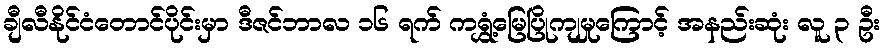
ချီလီနိုင်ငံတောင်ပိုင်းမှာ ဒီဇင်ဘာလ ၁၆ ရက် ကရွှံ့မြေပြိုကျမှုကြောင့် အနည်းဆုံး လူ ၃ ဦး